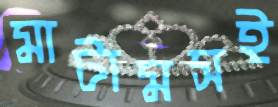
মাটামসই